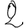
Digit: 2